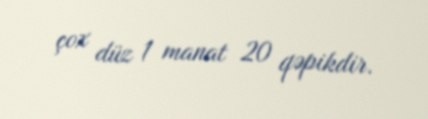
çox düz 1 manat 20 qəpikdir.